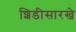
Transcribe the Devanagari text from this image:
शिडीसारखे